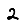
Digit: 2